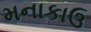
મનાકાઉ